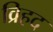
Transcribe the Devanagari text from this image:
व्रिहद